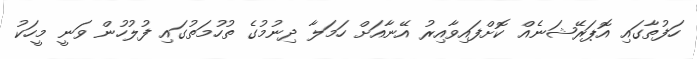
ހަފުތާގައި އޮޕަރޭޝަނެއް ކޮށްފައިވާއިރު އޭނާއަށް ހަމަލާ ދިނުމުގެ ތުހުމަތުގައި ފުލުހުން ވަނީ މީހަކު